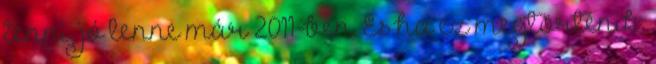
tenni, jó lenne már 2011-ben. És ha ez megtörténik,